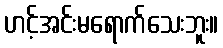
ဟင့်အင်းမရောက်သေးဘူး။